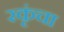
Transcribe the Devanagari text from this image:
रकृंचा